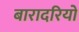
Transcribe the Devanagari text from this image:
बारादरियों